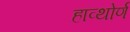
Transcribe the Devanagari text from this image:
हाव्थोर्ण